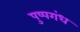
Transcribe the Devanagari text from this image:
पुष्पगंध